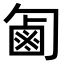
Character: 㔪